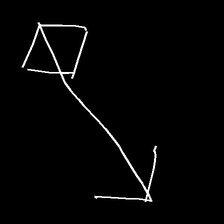
Glyph: focus